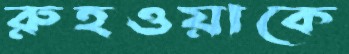
রুহওয়াকে